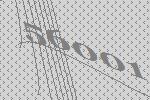
56001